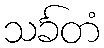
သင်္ခတံ